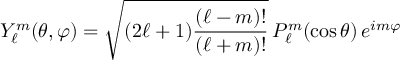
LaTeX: Y _ { \ell } ^ { m } ( \theta , \varphi ) = { \sqrt { { ( 2 \ell + 1 ) } { \frac { ( \ell - m ) ! } { ( \ell + m ) ! } } } } \, P _ { \ell } ^ { m } ( \cos { \theta } ) \, e ^ { i m \varphi }